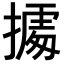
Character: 𢴃